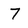
Character: 7